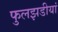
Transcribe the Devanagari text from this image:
फुलझडीयां